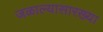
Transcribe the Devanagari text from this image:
जळाल्यासारख्या